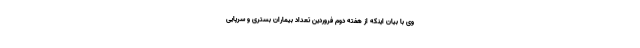
وی با بیان اینکه از هفته دوم فروردین تعداد بیماران بستری و سرپایی